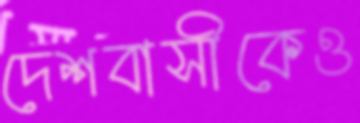
দেশবাসীকেও